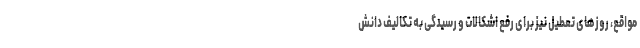
مواقع، روزهای تعطیل نیز برای رفع اشکالات و رسیدگی به تکالیف دانش